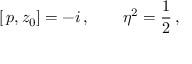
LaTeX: \left[ \, p , z _ { 0 } \right] = - i \, , \qquad \eta ^ { 2 } = \frac 1 2 \, ,